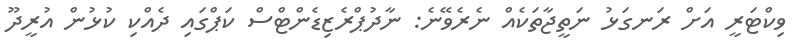
ވިކްޓަރީ އަށް ރަނގަޅު ނަތީޖާތަކެއް ނެރެވޭނެ: ނާދުޕްރެޒިޑެންޓްސް ކަޕްގައި ދެއްކި ކުޅުން އުރީދޫ